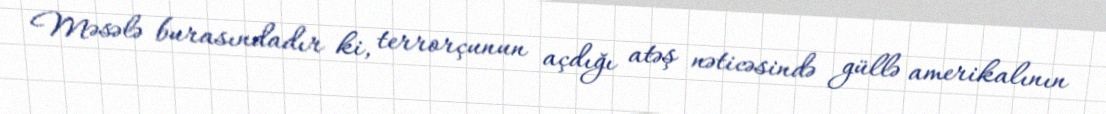
Məsələ burasındadır ki, terrorçunun açdığı atəş nəticəsində güllə amerikalının